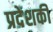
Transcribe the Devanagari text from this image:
प्रदेशकी